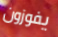
يفوزون